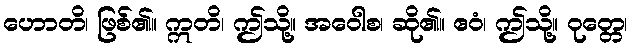
ဟောတိ၊ ဖြစ်၏။ ဣတိ၊ ဤသို့။ အဝေါစ၊ ဆို၏။ ဧဝံ၊ ဤသို့။ ဝုတ္တေ၊